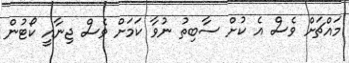
މައްޗަށް ވެސް އެ ކުށް ސާބިތު ނުވާ ކަމަށް ވެސް ޖިނާއީ ކޯޓުން